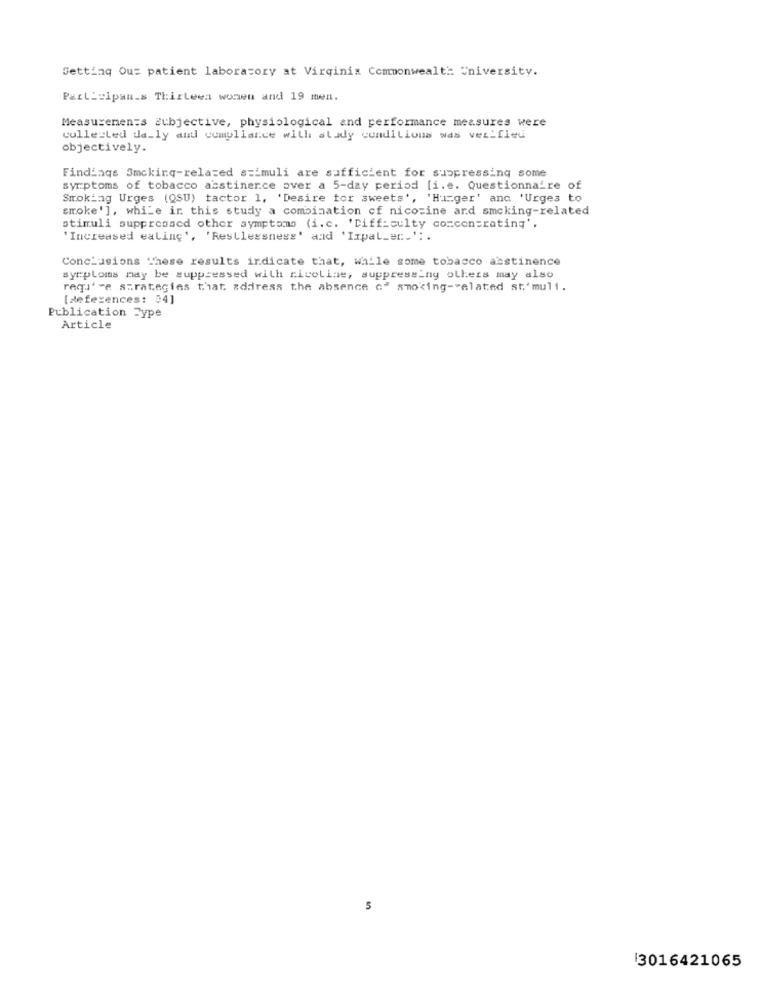
Setting Ous patient laboratory at Virginia Commonwealth University.
Participan_s Thirteen wonen and 19 men.
Measurements subjective, physiological and performance measures were
collected da_ly and compliance with alady conditions was verified
objectively.
Findings Smckinq-related stimuli are sufficient for suppressing some
symptoms of tobacco abstinence over a 5-day period [i. e. Questionnaire of
Smoking Urges (QSU) tactor 1, 'Desire tor sweets', 'Hunger' and 'Urges to
smoke'], while in this study a combination cf nicotine and smoking-related
stimuli suppressed other symptoms (i.c. 'Difficulty comcon=rating',
'Increased ealing', 'Restlessness' and 'Ixpal_er.' :.
Conclusions These results indicate that, while some tobacco abstinence
symptoms may be suppressed with ricellat, suppressing olkers may also
requ' ve strategies that address the absence c" smoking-related st'muli.
[deferences: 54]
Publication Type
Article
5
3016421065